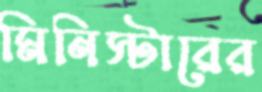
মিনিস্টারের